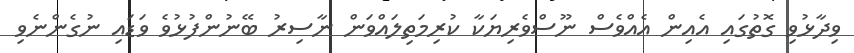
ވިދާޅުވި ގޮތުގައި އެއިން އެއްވެސް ނޫސްވެރިޔަކާ ކުރިމަތިލައްވަން ނާސިރު ބޭނުންފުޅުވެ ވަޑައި ނުގެންނެވި